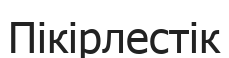
Пікірлестік